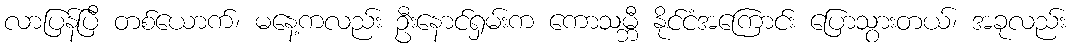
လာပြန်ပြီ တစ်ယောက်၊ မနေ့ကလည်း ဦးနောင်ရှမ်းက ကောသမ္ဘီ နိုင်ငံအကြောင်း ပြောသွားတယ်၊ အခုလည်း